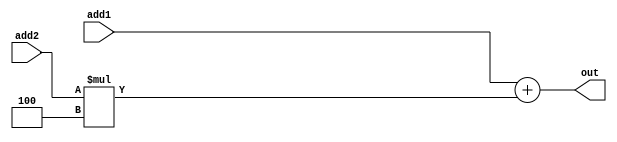
`timescale 1ns / 1ps
//////////////////////////////////////////////////////////////////////////////////
// Company: 
// Engineer: 
// 
// Design Name: 
// Module Name: Add
// Project Name: 
// Target Devices: 
// Tool Versions: 
// Description: 
// 
// Dependencies: 
// 
// Revision:
// Revision 0.01 - File Created
// Additional Comments:
// 
//////////////////////////////////////////////////////////////////////////////////


module Add( add1, add2, out);
    input [31:0] add1, add2;
    output  [31:0]  out;
    assign out = add1 + add2 * 4;
endmodule